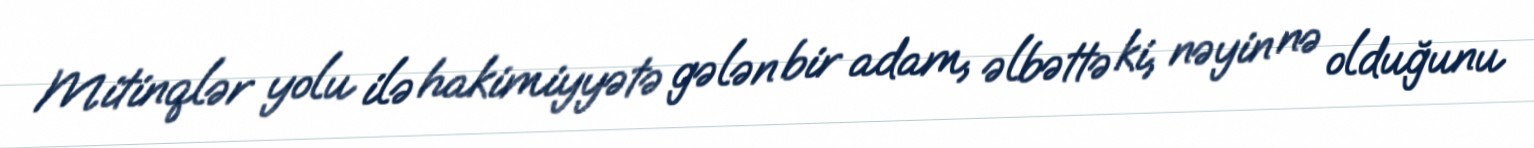
Mitinqlər yolu ilə hakimiyyətə gələn bir adam, əlbəttə ki, nəyin nə olduğunu